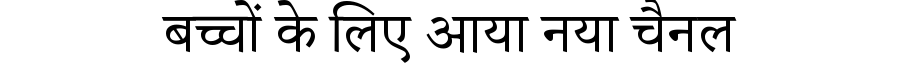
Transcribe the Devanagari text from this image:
बच्चों के लिए आया नया चैनल